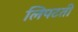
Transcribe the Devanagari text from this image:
लिपटती